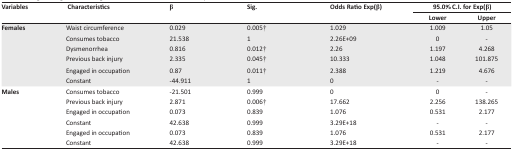
<table><thead><tr><td rowspan="3"><b>Variables</b></td><td rowspan="3"><b>Characteristics</b></td><td rowspan="3"><b>β</b></td><td rowspan="3"><b>Sig.</b></td><td rowspan="3"><b>Odds Ratio Exp(β)</b></td><td colspan="2"><b>95.0% C.I. for Exp(β)</b></td></tr><tr><td><b>Lower</b></td><td><b>Upper</b></td></tr></thead><tbody><tr><td>Females</td><td>Waist circumference</td><td>0.029</td><td>0.005†</td><td>1.029</td><td>1.009</td><td>1.05</td></tr><tr><td></td><td>Consumes tobacco</td><td>21.538</td><td>1</td><td>2.26E + 09</td><td>0</td><td>-</td></tr><tr><td></td><td>Dysmenorrhea</td><td>0.816</td><td>0.012†</td><td>2.26</td><td>1.197</td><td>4.268</td></tr><tr><td></td><td>Previous back injury</td><td>2.335</td><td>0.045†</td><td>10.333</td><td>1.048</td><td>101.875</td></tr><tr><td></td><td>Engaged in occupation</td><td>0.87</td><td>0.011†</td><td>2.388</td><td>1.219</td><td>4.676</td></tr><tr><td></td><td>Constant</td><td>-44.911</td><td>1</td><td>0</td><td>-</td><td>-</td></tr><tr><td>Males</td><td>Consumes tobacco</td><td>-21.501</td><td>0.999</td><td>0</td><td>0</td><td>-</td></tr><tr><td></td><td>Previous back injury</td><td>2.871</td><td>0.006†</td><td>17.662</td><td>2.256</td><td>138.265</td></tr><tr><td></td><td>Engaged in occupation</td><td>0.073</td><td>0.839</td><td>1.076</td><td>0.531</td><td>2.177</td></tr><tr><td></td><td>Constant</td><td>42.638</td><td>0.999</td><td>3.29E + 18</td><td>-</td><td>-</td></tr><tr><td></td><td>Engaged in occupation</td><td>0.073</td><td>0.839</td><td>1.076</td><td>0.531</td><td>2.177</td></tr><tr><td></td><td>Constant</td><td>42.638</td><td>0.999</td><td>3.29E + 18</td><td>-</td><td>-</td></tr></tbody></table>